Vaccination in Burma 1920-1933 - 1920-1933
Year: 1920
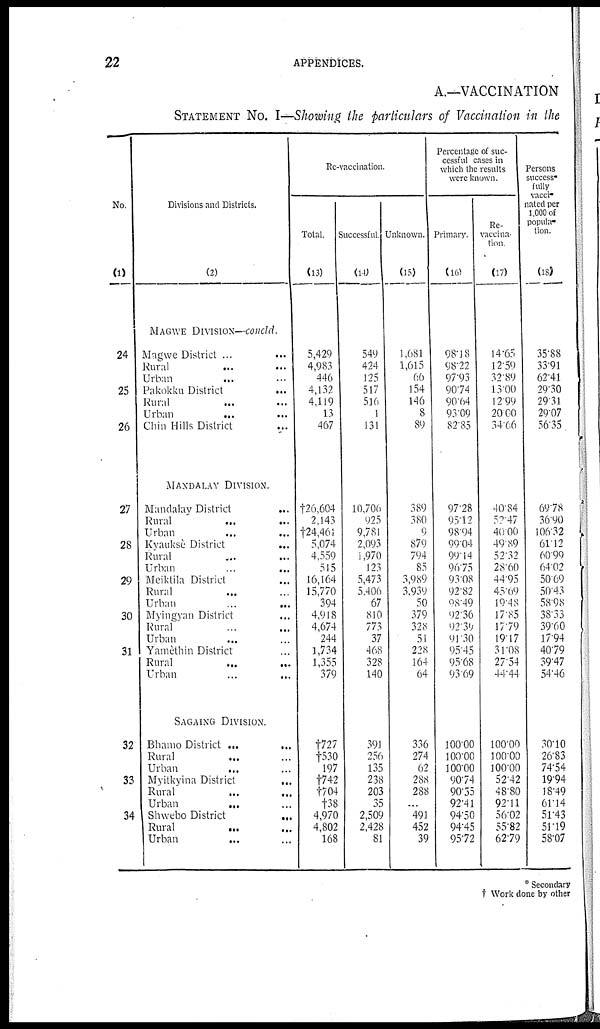
22
APPENDICES.
A.—VACCINATION
STATEMENT NO. I—Showing the particulars of Vaccination in the
No.
(1)
24
25
26
27
28
29
30
31
32
33
34
Divisions and Districts.
(2)
MAGWE DIVISION—concld.
Magwe District ... ...
Rural ... ...
Urban
...
...
Pakokku District ...
Rural ... ...
Urban ... ...
Chin Hills District ...
MANDALAY DIVISION.
Mandalay District
...
Rural ... ...
Urban ... ...
Kyauksè District
...
Rural ... ...
Urban
...
...
Meiktila District ...
Rural ... ...
Urban ... ...
Myingyan District ...
Rural ... ...
Urban ... ...
Yamèthin District ...
Rural
...
...
Urban
...
...
SAGAING DIVISION.
Bhamo District ...
...
Rural ... ...
Urban ... ...
Myitkyina District ...
Rural
...
...
Urban
...
...
Shwebo District
...
Rural
...
...
Urban ... ...
Re-vaccination.
Total.
(13)
5,429
4,983
446
4,132
4,119
13
467
†26,604
2,143
†24,461
5,074
4,559
515
16,164
15,770
394
4,918
4,674
244
1,734
1,355
379
†727
†530
197
†742
†704
†38
4,970
4,802
168
Successful
(14)
549
424
125
517
516
1
131
10,706
925
9,781
2,093
1,970
123
5,473
5,406
67
810
773
37
468
328
140
391
256
135
238
203
35
2,509
2,428
81
Unknown.
(15)
1,681
1,615
66
154
146
8
89
389
380
9
879
794
85
3,989
3,939
50
379
328
51
228
164
64
336
274
62
288
288
...
491
452
39
Percentage of suc-
cessful cases in
which the results
were known.
Primary.
(16)
98.18
98.22
97.93
90.74
90.64
93.09
82.85
97.28
95.12
98.94
99.04
99.14
96.75
93.08
92.82
98.49
92.36
92.39
91.30
95.45
95.68
93.69
100.00
100.00
100.00
90.74
90.55
92.41
94.50
94.45
95.72
Re-
vaccina-
tion
(17)
14.65
12.59
32.89
13.00
12.99
20.00
34.66
40.84
52.47
40.00
49.89
52.32
28.60
44.95
45.09
19.48
17.85
17.79
19.17
31.08
27.54
44.44
100.00
100.00
100.00
52.42
48.80
92.11
56.02
55.82
62.79
Persons
success-
fully
vacci-
nated per
1,000 of
popula-
tion.
(18)
35.88
33.91
62.41
29.30
29.31
29.07
56.35
69.78
36.90
106.32
61.12
60.99
64.02
50.69
50.43
58.98
38.33
39.60
17.94
40.79
39.47
54.46
30.10
26.83
74.54
19.94
18.49
61.14
51.43
51.19
58.07
* Secondary
† Work done by other